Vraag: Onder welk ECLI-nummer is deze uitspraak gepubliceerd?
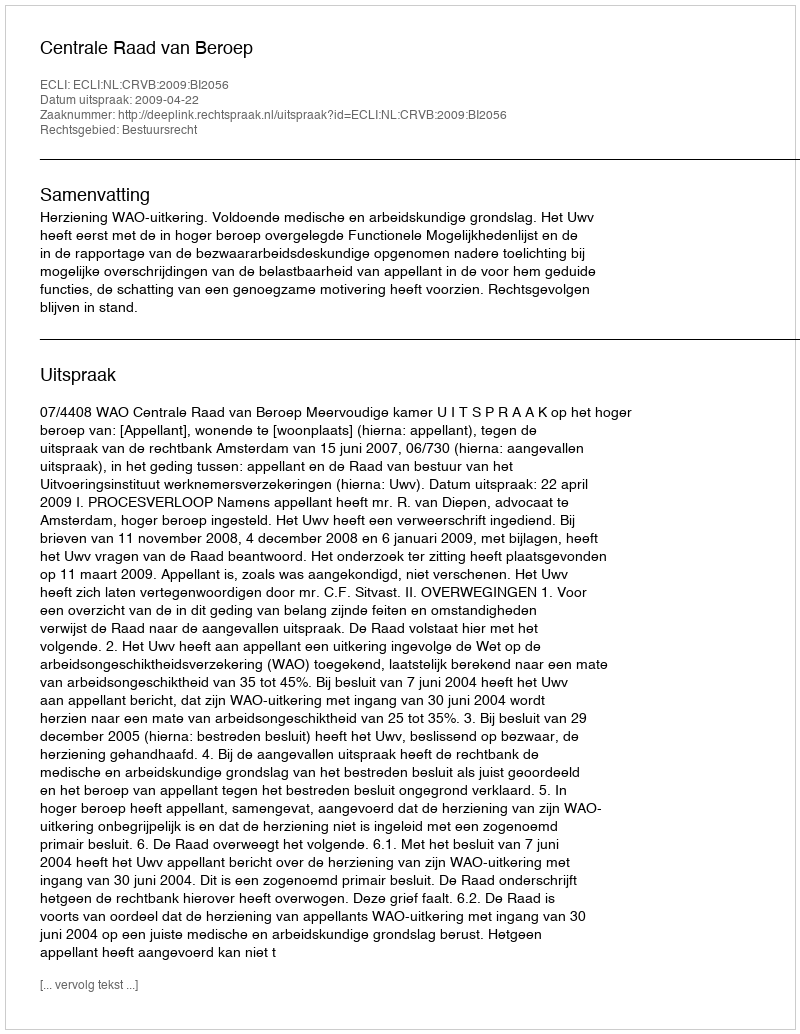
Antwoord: ECLI:NL:CRVB:2009:BI2056